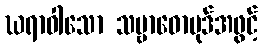
ဃရာဝါသော သမ္ဗာဓောပုဒ်အဖွင့်